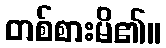
တစ်စားမိ၏။